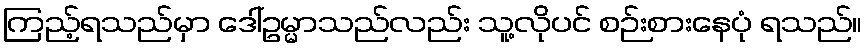
ကြည့်ရသည်မှာ ဒေါ်ဥမ္မာသည်လည်း သူ့လိုပင် စဉ်းစားနေပုံ ရသည်။